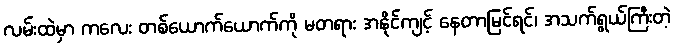
လမ်းထဲမှာ ကလေး တစ်ယောက်ယောက်ကို မတရား အနိုင်ကျင့် နေတာမြင်ရင်၊ အသက်ရွယ်ကြီးတဲ့